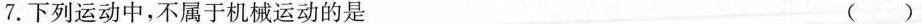
7.下列运动中，不属于机械运动的是 ( )